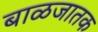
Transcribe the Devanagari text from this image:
बाळजातक